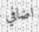
اضافي